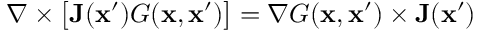
\nabla \times \big [ \mathbf { J } ( \mathbf { x } ^ { \prime } ) G ( \mathbf { x } , \mathbf { x } ^ { \prime } ) \big ] = \nabla G ( \mathbf { x } , \mathbf { x } ^ { \prime } ) \times \mathbf { J } ( \mathbf { x } ^ { \prime } )